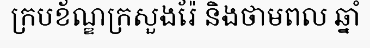
ក្របខ័ណ្ឌក្រសួងរ៉ែ និងថាមពល ឆ្នាំ